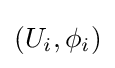
(U_{i},\phi _{i})